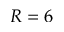
R = 6